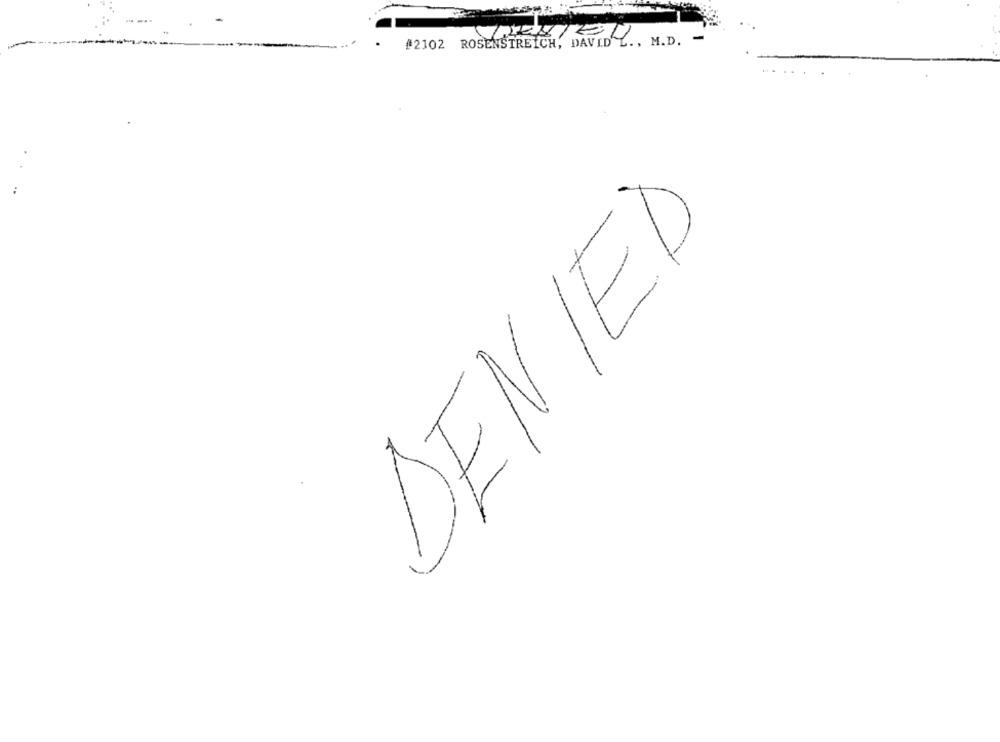
#2102 ROSENSTREICH, DAVID L ., M.D. -
DENIED